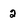
Character: 2